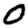
Digit: 0